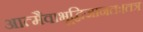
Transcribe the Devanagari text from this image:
आत्मैवाभूद्विजानतः।तत्र